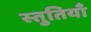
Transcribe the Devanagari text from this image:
स्‍तुतियाँ